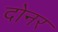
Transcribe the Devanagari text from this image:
दोनर